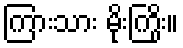
ကြားသား မိုးကြိုး။